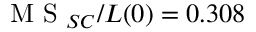
\textrm { M S } _ { S C } / L ( 0 ) = 0 . 3 0 8